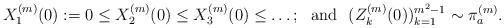
LaTeX: \begin{align*}X^{(m)}_1(0) := 0 \leq X^{(m)}_2(0) \leq X^{(m)}_3(0) \leq \ldots;\ \ \mbox{and}\ \ (Z^{(m)}_k(0))_{k=1}^{m^2-1} \sim \pi^{(m)}_a.\end{align*}